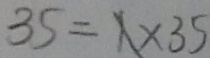
3 5 = 1 \times 3 5